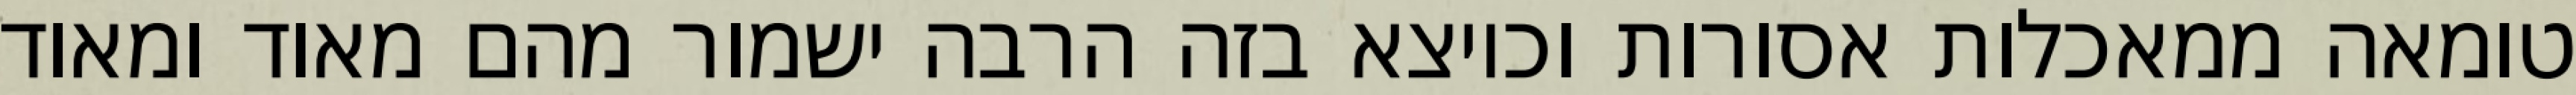
טומאה ממאכלות אסורות וכיוצא בזה הרבה ישמור מהם מאוד ומאוד